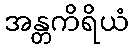
အန္တကိရိယံ